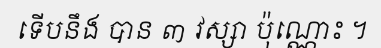
ទើបនឹង បាន ៣ វស្សា ប៉ុណ្ណោះ ។